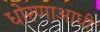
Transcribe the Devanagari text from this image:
धोरणाआधी